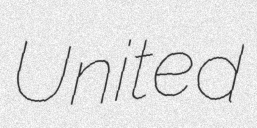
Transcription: United